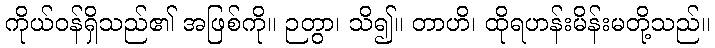
ကိုယ်ဝန်ရှိသည်၏ အဖြစ်ကို။ ဉတွာ၊ သိ၍။ တာဟိ၊ ထိုရဟန်းမိန်းမတို့သည်။